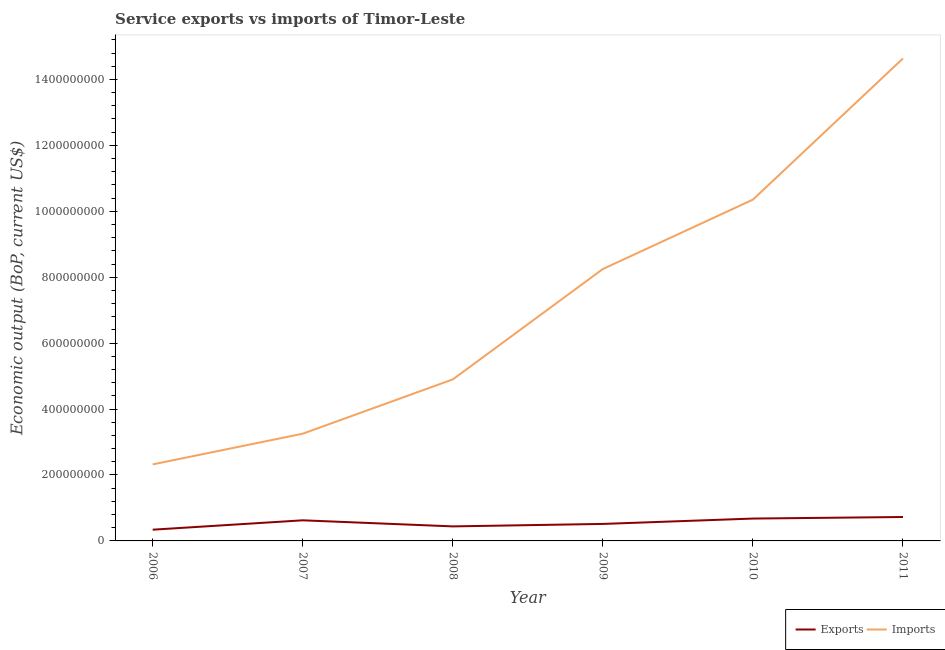
| Year | Exports | Imports |
 | --- | --- | --- |
 | 2006 | 3.41e+07 | 2.32e+08 |
 | 2007 | 6.25e+07 | 3.25e+08 |
 | 2008 | 4.41e+07 | 4.9e+08 |
 | 2009 | 5.16e+07 | 8.25e+08 |
 | 2010 | 6.78e+07 | 1.04e+09 |
 | 2011 | 7.26e+07 | 1.46e+09 |